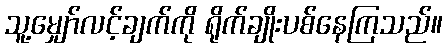
သူ့မျှော်လင့်ချက်ကို ရိုက်ချိုးပစ်နေကြသည်။